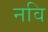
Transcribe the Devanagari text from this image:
नवि